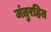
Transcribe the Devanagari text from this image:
जंतुरहित